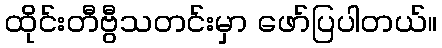
ထိုင်းတီဗွီသတင်းမှာ ဖော်ပြပါတယ်။